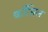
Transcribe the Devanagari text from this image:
काँसिल